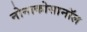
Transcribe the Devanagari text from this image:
नोनाकोसानॉल